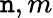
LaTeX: \mathtt{n},m